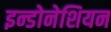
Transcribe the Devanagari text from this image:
इन्डोनेशियन